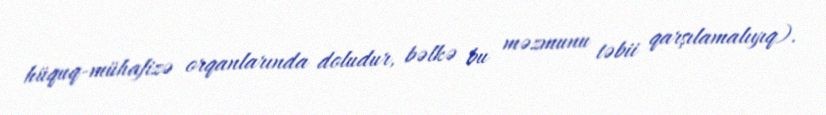
hüquq-mühafizə orqanlarında doludur, bəlkə bu məzmunu təbii qarşılamalıyıq).